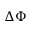
\Delta \Phi